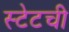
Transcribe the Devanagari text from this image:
स्टेटची